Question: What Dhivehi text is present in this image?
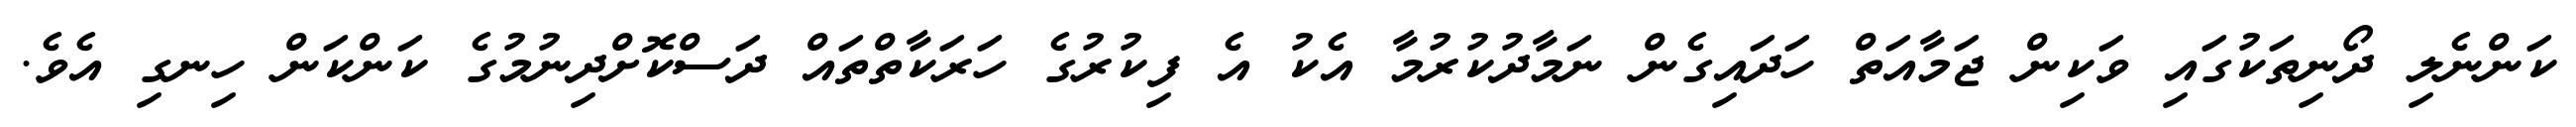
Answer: ކަންނެލި ދޯނިތަކުގައި ވަކިން ޖަމާއަތް ހަދައިގެން ނަމާދުކުރުމާ އެކު އެ ފިކުރުގެ ހަރަކާތްތައް ދަސްކޮށްދިނުމުގެ ކަންކަން ހިނގި އެވެ.